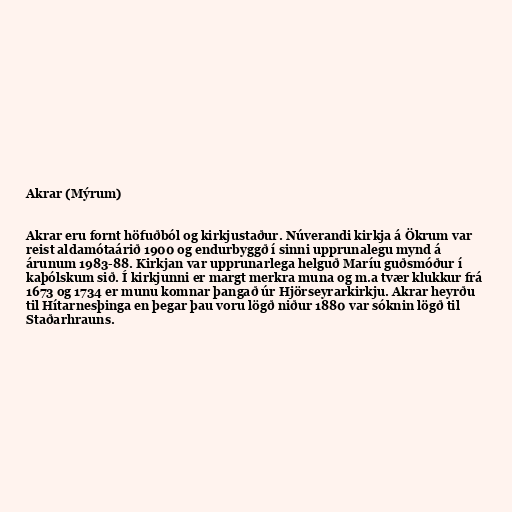
Akrar (Mýrum)

Akrar eru fornt höfuðból og kirkjustaður. Núverandi kirkja á Ökrum var
reist aldamótaárið 1900 og endurbyggð í sinni upprunalegu mynd á
árunum 1983-88. Kirkjan var upprunarlega helguð Maríu guðsmóður í
kaþólskum sið. Í kirkjunni er margt merkra muna og m.a tvær klukkur frá
1673 og 1734 er munu komnar þangað úr Hjörseyrarkirkju. Akrar heyrðu
til Hítarnesþinga en þegar þau voru lögð niður 1880 var sóknin lögð til
Staðarhrauns.